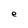
Character: e